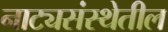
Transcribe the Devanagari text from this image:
नाट्यसंस्थेतील